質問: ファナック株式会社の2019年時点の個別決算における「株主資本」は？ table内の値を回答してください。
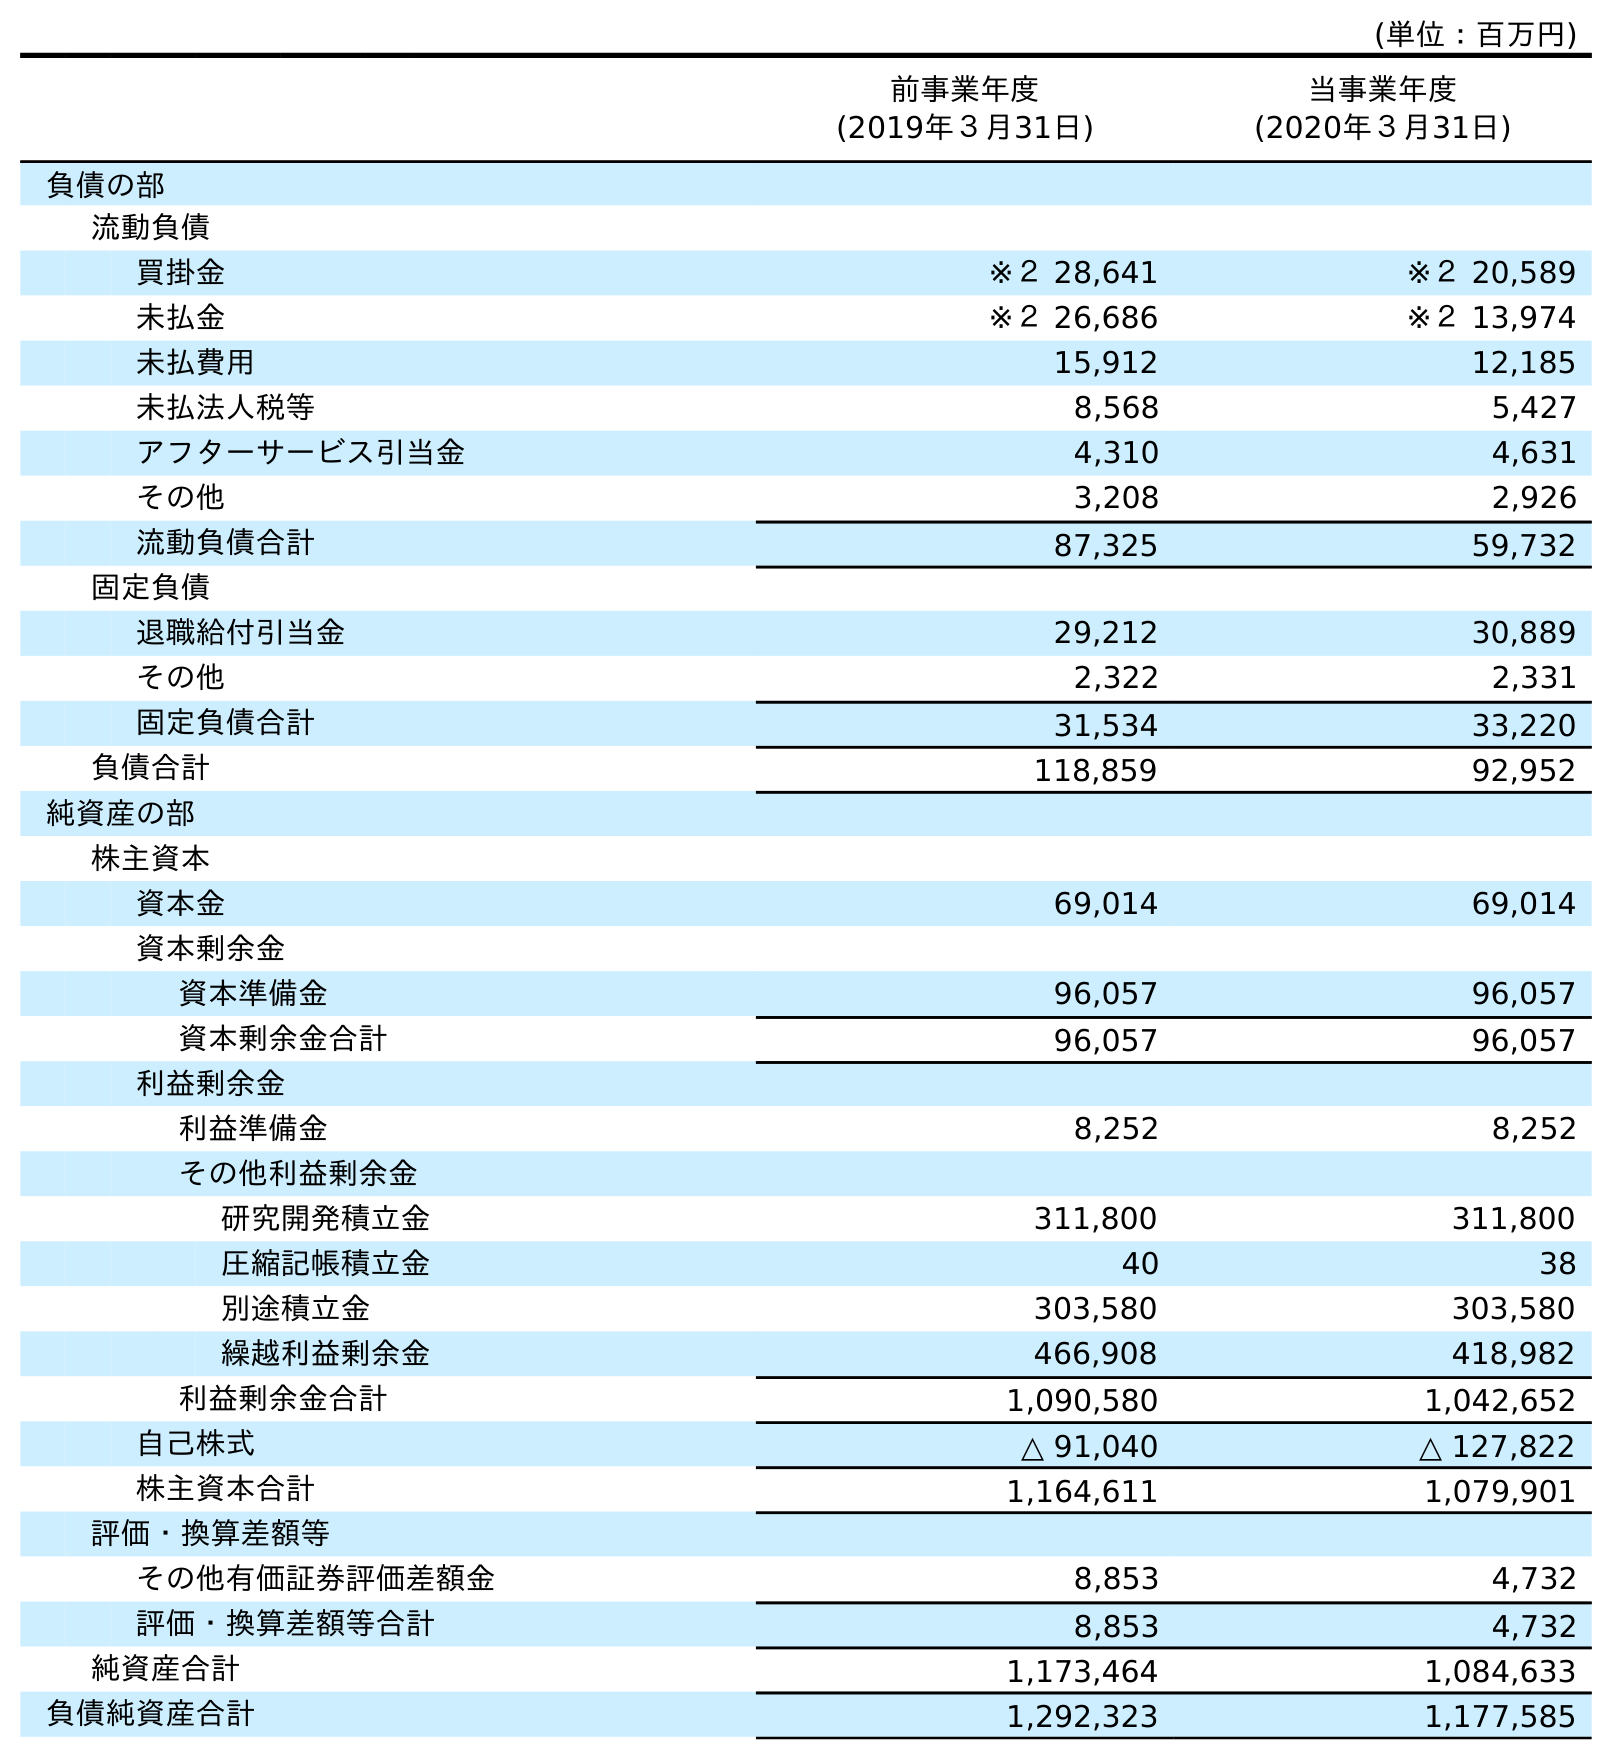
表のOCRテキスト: (単位：百万円) 前事業年度 (2019年３月31日) 当事業年度 (2020年３月31日) 負債の部 流動負債 買掛金 ※２ 28,641 ※２ 20,589 未払金 ※２ 26,686 ※２ 13,974 未払費用 15,912 12,185 未払法人税等 8,568 5,427 アフターサービス引当金 4,310 4,631 その他 3,208 2,926 流動負債合計 87,325 59,732 固定負債 退職給付引当金 29,212 30,889 その他 2,322 2,331 固定負債合計 31,534 33,220 負債合計 118,859 92,952 純資産の部 株主資本 資本金 69,014 69,014 資本剰余金 資本準備金 96,057 96,057 資本剰余金合計 96,057 96,057 利益剰余金 利益準備金 8,252 8,252 その他利益剰余金 研究開発積立金 311,800 311,800 圧縮記帳積立金 40 38 別途積立金 303,580 303,580 繰越利益剰余金 466,908 418,982 利益剰余金合計 1,090,580 1,042,652 自己株式 △ 91,040 △ 127,822 株主資本合計 1,164,611 1,079,901 評価・換算差額等 その他有価証券評価差額金 8,853 4,732 評価・換算差額等合計 8,853 4,732 純資産合計 1,173,464 1,084,633 負債純資産合計 1,292,323 1,177,585
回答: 1,164,611